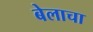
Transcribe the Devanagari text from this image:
बेलाचा